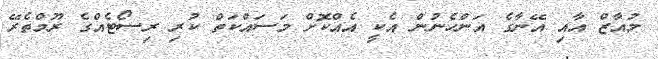
މުއާޒް އާއި އޭނާގެ އަންހެނުން އެކީ އެއްކޮށް މަސައްކަތް ކުރި ރިސޯޓެއްގެ ރޫމްތެރޭ